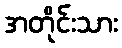
အတိုင်းသား